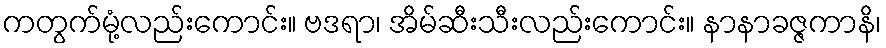
ကတွက်မုံ့လည်းကောင်း။ ဗဒရာ၊ အိမ်ဆီးသီးလည်းကောင်း။ နာနာခဇ္ဇကာနိ၊